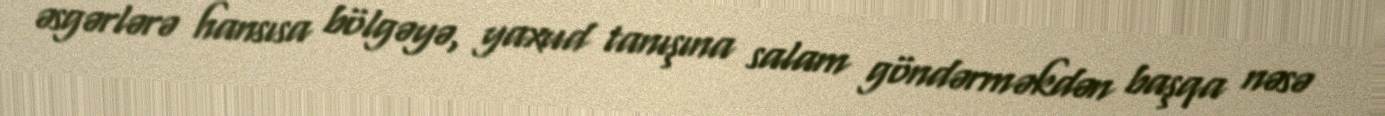
əsgərlərə hansısa bölgəyə, yaxud tanışına salam göndərməkdən başqa nəsə